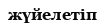
жүйелетіп